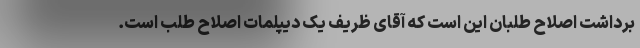
برداشت اصلاح طلبان این است که آقای ظریف یک دیپلمات اصلاح طلب است.